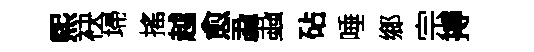
煕袂埽搖越愈蝨蝨砧唾鄉宗搏